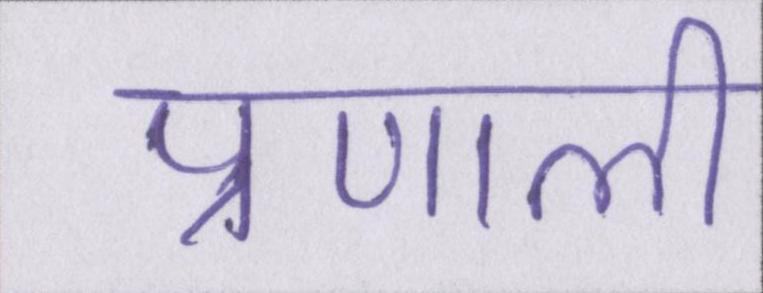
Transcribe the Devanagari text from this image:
प्रणाली